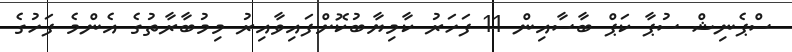
ސްޕެނިޝް ސުޕާ ކަޕް ބާސާއިން 11 ފަހަރު ކާމިޔާބުކޮށްފައިވާއިރު މިމުބާރާތުގެ އެންމެ ފަހުގެ